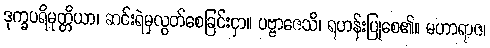
ဒုက္ခပရိမုတ္တိယာ၊ ဆင်းရဲမှလွတ်စေခြင်းငှာ။ ပဗ္ဗာဇေသိ၊ ရဟန်းပြုစေ၏။ မဟာရာဇ၊